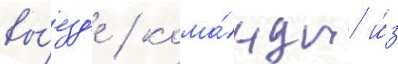
вы́езд'е / кома́нды и́з